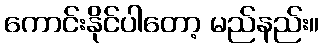
ကောင်းနိုင်ပါတော့ မည်နည်း။